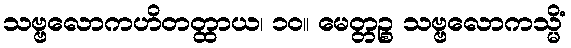
သဗ္ဗလောကဟိတတ္ထာယ၊ ၁၀။ မေတ္တဉ္စ သဗ္ဗလောကသ္မိံ